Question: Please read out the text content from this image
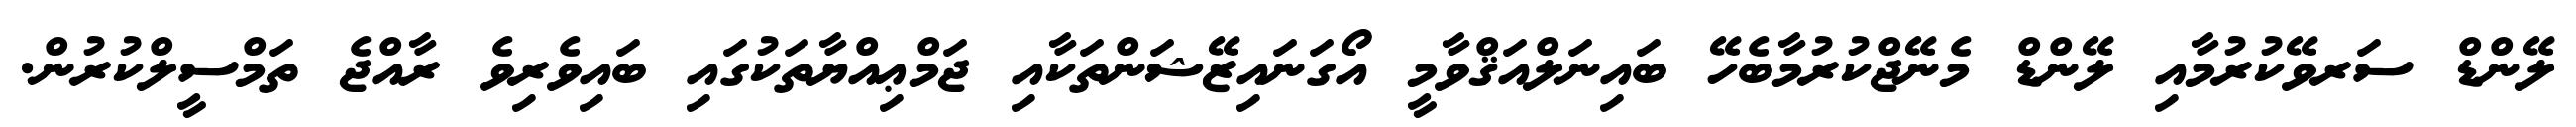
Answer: ލޭންޑް ސަރވޭކުރުމާއި ލޭންޑް މެނޭޖްކުރުމާބެހޭ ބައިނަލްއަޤްވާމީ އޯގަނައިޒޭޝަންތަކާއި ޖަމްޢިއްޔާތަކުގައި ބައިވެރިވެ ރާއްޖެ ތަމްސީލްކުރުން.